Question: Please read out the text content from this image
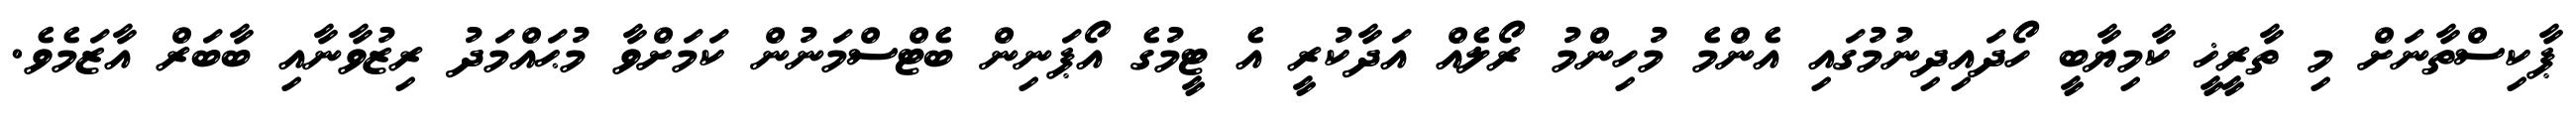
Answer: ޕާކިސްތާނަށް މި ތާރީޚީ ކާމިޔާބީ ހޯދައިދިނުމުގައި އެންމެ މުހިންމު ރޯލެއް އަދާކުރީ އެ ޓީމުގެ އޯޕަނިން ބެޓްސްމަނުން ކަމަށްވާ މުޙައްމަދު ރިޒުވާނާއި ބާބަރް އާޒަމެވެ.